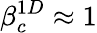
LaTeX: \beta_{c}^{1D}\approx 1